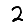
Digit: 2